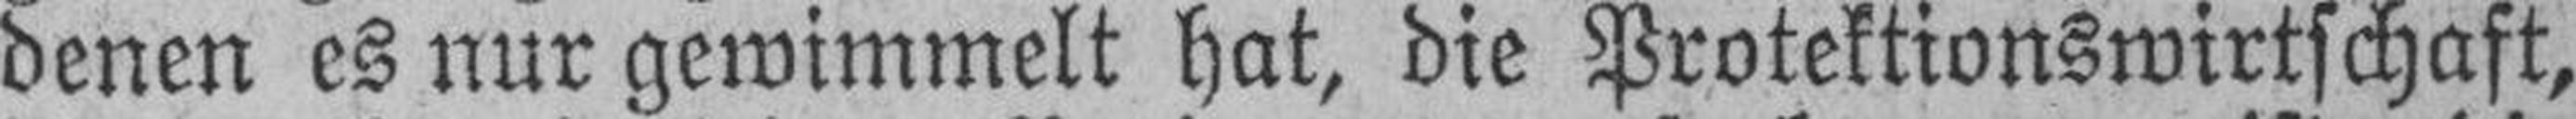
denen es nur gewimmelt hat, die Protektionswirtschaft,